Annual report on the Civil Veterinary Department, Burma (including the Insein Veterinary School) - 1932-1941
Year: 1932
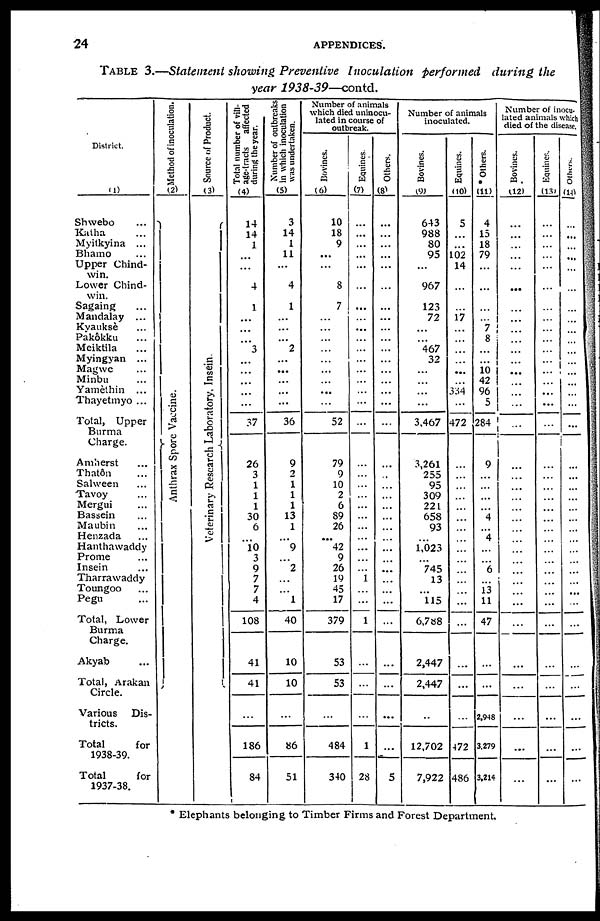
24
APPENDICES.
TABLE 3.—Statement showing Preventive
Inoculation
performed
during the
year
1938-39—contd.
District.
(1)
Shwebo ...
Kaiha ...
Myitkyina ...
Bhamo ...
Upper Chind-
win.
Lower Chind-
win.
Sagaing ...
Mandalay ...
Kvauksè ...
Pakôkku ...
Meiktila ...
Myingyan ...
Magwe ...
Minbu ...
Yamethin ...
Thayetmyo ...
Total, Upper
Charge.
Amherst ...
Thatôn ...
Salween ...
Tavoy ...
Mergui ...
Bassein ...
Maubin ...
Henzada ...
Hanthawaddy
Prome ...
Insein ...
Tharrawaddy
Toungoo ...
Pegu ...
Total, Lower
Burma
Charge.
Akyab ...
Total, Arakan
Circle.
Various Dis-
tricts.
Total
for
1938-39.
Total
for
1937-38.
Method of inoculation.
(2)
Anthrax Spor e Vacci ne.
Source of Product.
(3)
Veterinary Research Laboratory, Insein.
Total number of vill-
age-tracts
affected
during the year.
(4)
14
14
1
...
...
4
... 1
...
...
...
3
...
...
...
...
...
37
26
3
1
1
1
30
6
...
10
3
9
7
7
4
108
41
41
...
186
84
Number of outbreaks
in which inoculation
was undertaken.
(5)
3
14
1
11
...
4
... 1
...
...
...
2
...
...
...
... ...
36
9
2
1
1
1
13
1
...
9
...
2
...
...
1
40
10
10
...
86
51
Number of animals
which died uninocu-
lated in course of
outbreak.
Bovines.
(6)
10
18
9
...
...
8
...
7
...
...
...
...
...
...
...
...
...
52
79
9
10
2
6
89
26
...
42
9
26
19
45
17
379
53
53
...
484
340
Equines.
(7)
...
...
...
...
...
...
... ...
...
...
...
...
...
...
...
...
...
...
...
...
...
...
...
...
...
...
...
...
...
1
...
...
1
...
...
...
1
28
Others.
(8)
...
...
...
...
...
...
... ...
...
...
...
...
...
...
...
...
...
...
...
...
...
...
...
...
...
...
...
...
...
...
...
...
...
...
...
...
...
5
Number of animals
inoculated.
Bovines.
(9)
643
988
80
95
...
967
... 123
72
...
...
467
32
...
...
...
...
3,467
3,261
255
95
309
221
658
93
...
1,023
...
745
13
...
115
6,788
2,447
2,447
...
12,702
7,922
Equines.
(10)
5
...
...
102
14
...
... ...
17
...
...
...
...
...
...
334
...
472
...
...
...
...
...
...
...
...
...
...
...
...
...
...
...
...
...
...
472
486
Others.
(11)
4
15
18
79
...
...
... ...
...
7
8
...
...
10
42
96
5
284
9
...
...
...
...
4
...
4
...
...
6
...
13
11
47
...
...
2,948
3,279
3,214
Number of inocu-
lated animals which
died of the disease.
Bovines.
(12)
...
...
...
...
...
...
... ...
...
...
...
...
...
...
...
...
...
...
...
...
...
...
...
...
...
...
...
...
...
...
...
...
...
...
...
...
...
...
Equines.
(13)
...
...
...
...
...
...
... ...
...
...
...
...
...
...
...
...
...
...
...
...
...
...
...
...
...
...
...
...
...
...
...
...
...
...
...
...
...
...
Others.
(14)
...
...
...
...
...
...
... ...
...
...
...
...
...
...
...
...
...
...
...
...
...
...
...
...
* Elephants belonging to Timber Firms and Forest Department.